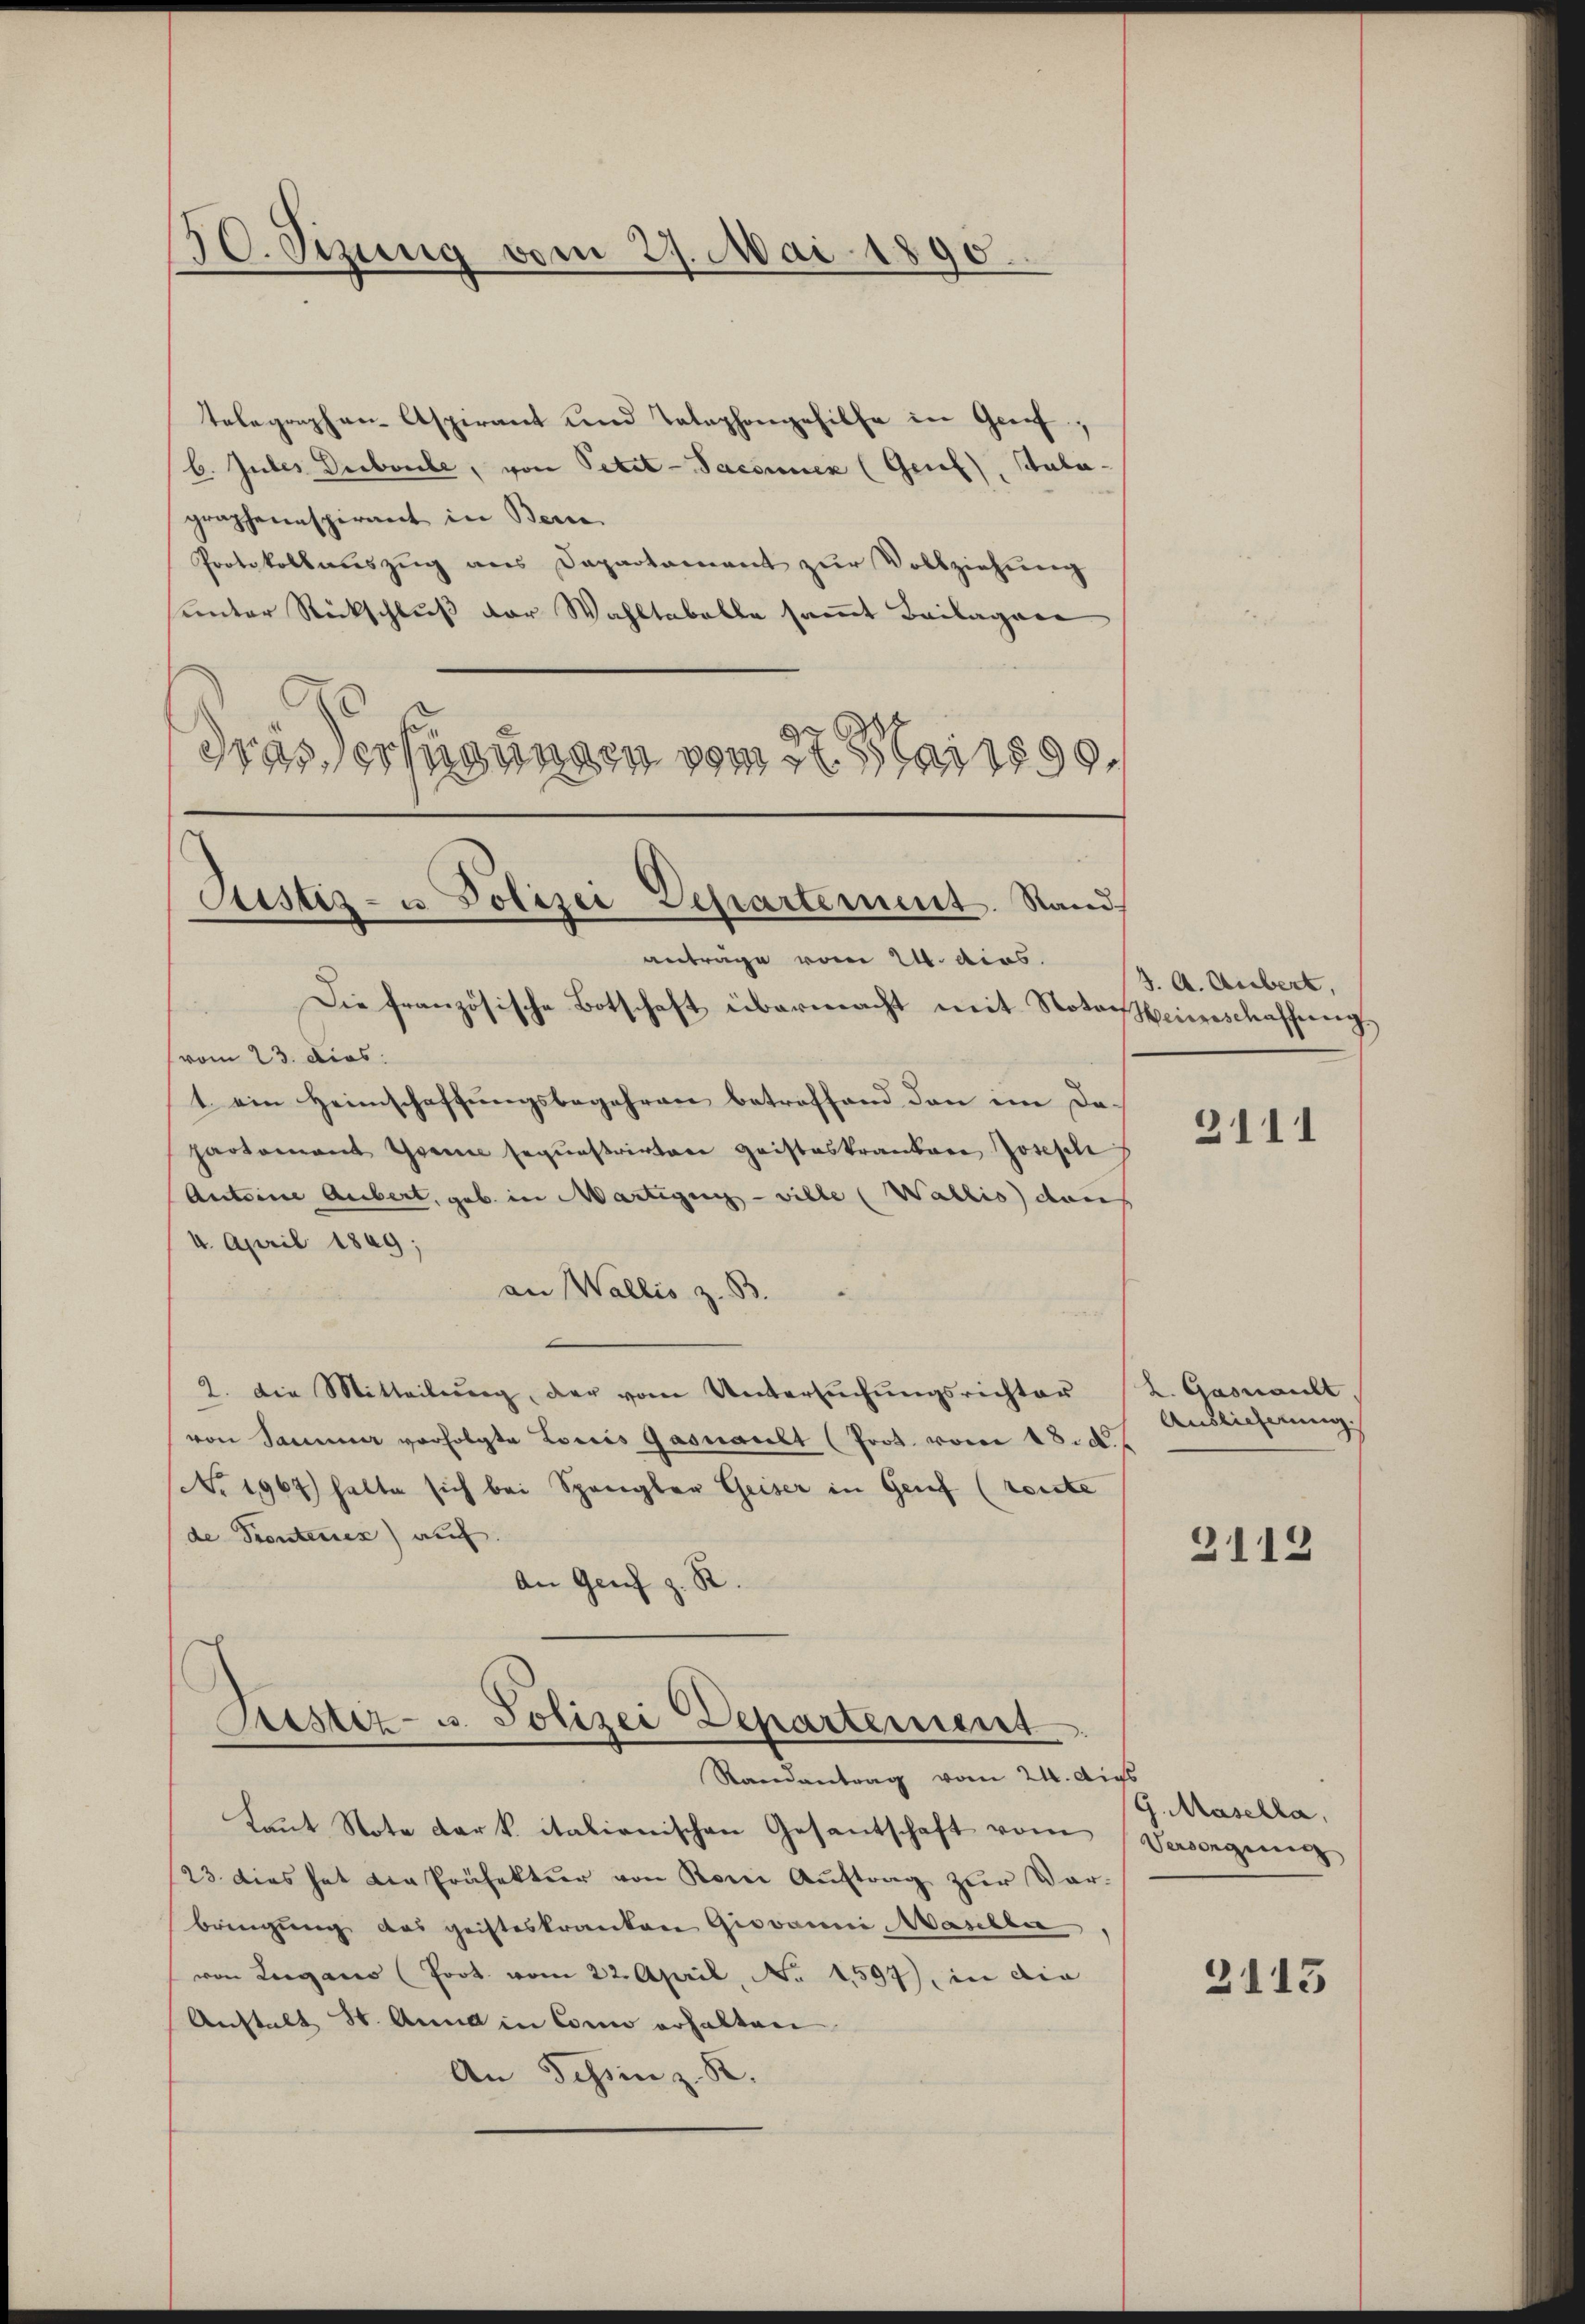
50. Sizung vom 27. Mai 1890.

telegraphen- Aspirant und Telephongehilfe in Greif,
b. Julis Duboule, von Petit-Saconuen (Genf), Aula-
graphennspirant in Bern.
Protokollauszug aus Dapartament zur Vollziehung
hunter Rückschluß der Wahltabelle sammt Beilagere
Gras, erfügungen vom 27. Staires,

Justiz- u Polizei Departement. Stand
anträge vom 24. dies

Astiz- u. Polizei Departement
Randantrag vom 24. Aus

Die französische Botschaft übermacht mit Notar seinschaffung
(vom 23. dies
1 ein Heimschaffungsbegehren betreffend den im De-
partement Grena seqŭestrirten geisteskranker Joseph
Anteine Aubert, geb. in Martigen - wille (Wallis dans
4. April 1849;
an Wallis z. B.
2. Die Mitteilung, der vom Untersuchungsrichter
von Sammer verfolgte Loris Gasnault (Prot. vom 18. d.
No 1967) hatte sich bei Spangler Geiser in Genf (reute
de Scontenses) auf.
.
An Genf z.

Laut Note der k. italienischen Gesandtschaft vom
23. dies hat die Präfektuer von Romi Aŭftrag zŭr Vor-
bringung des geisteskranken Giovani, Maschlie
von Lugano (Poot. vom 22. April, No 1597), in die
Anstalt St. Anna in Conn erhalten
An Tessin z. B.

J. A. Aubert,

3111

L. Gasmailt,
Auslicherung

3113

G. Masella,
Versorgung

2115